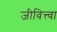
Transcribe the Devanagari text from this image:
जीवित्त्वा